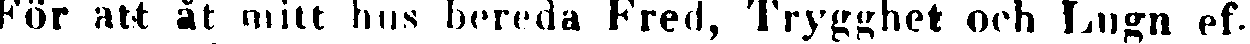
För att åt mitt hus bereda Fred, Trygghet och Lugn ef-